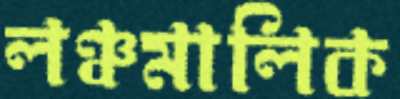
লঞ্চমালিক